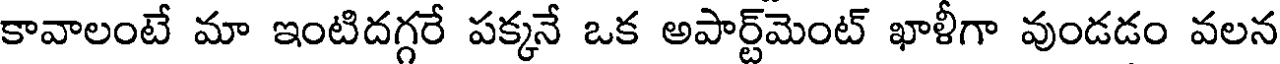
కావాలంటే మా ఇంటిదగ్గరే పక్కనే ఒక అపార్ట్మెంట్ ఖాళీగా వుండడం వలన